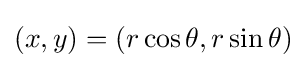
(x,y)=(r\cos \theta ,r\sin \theta )